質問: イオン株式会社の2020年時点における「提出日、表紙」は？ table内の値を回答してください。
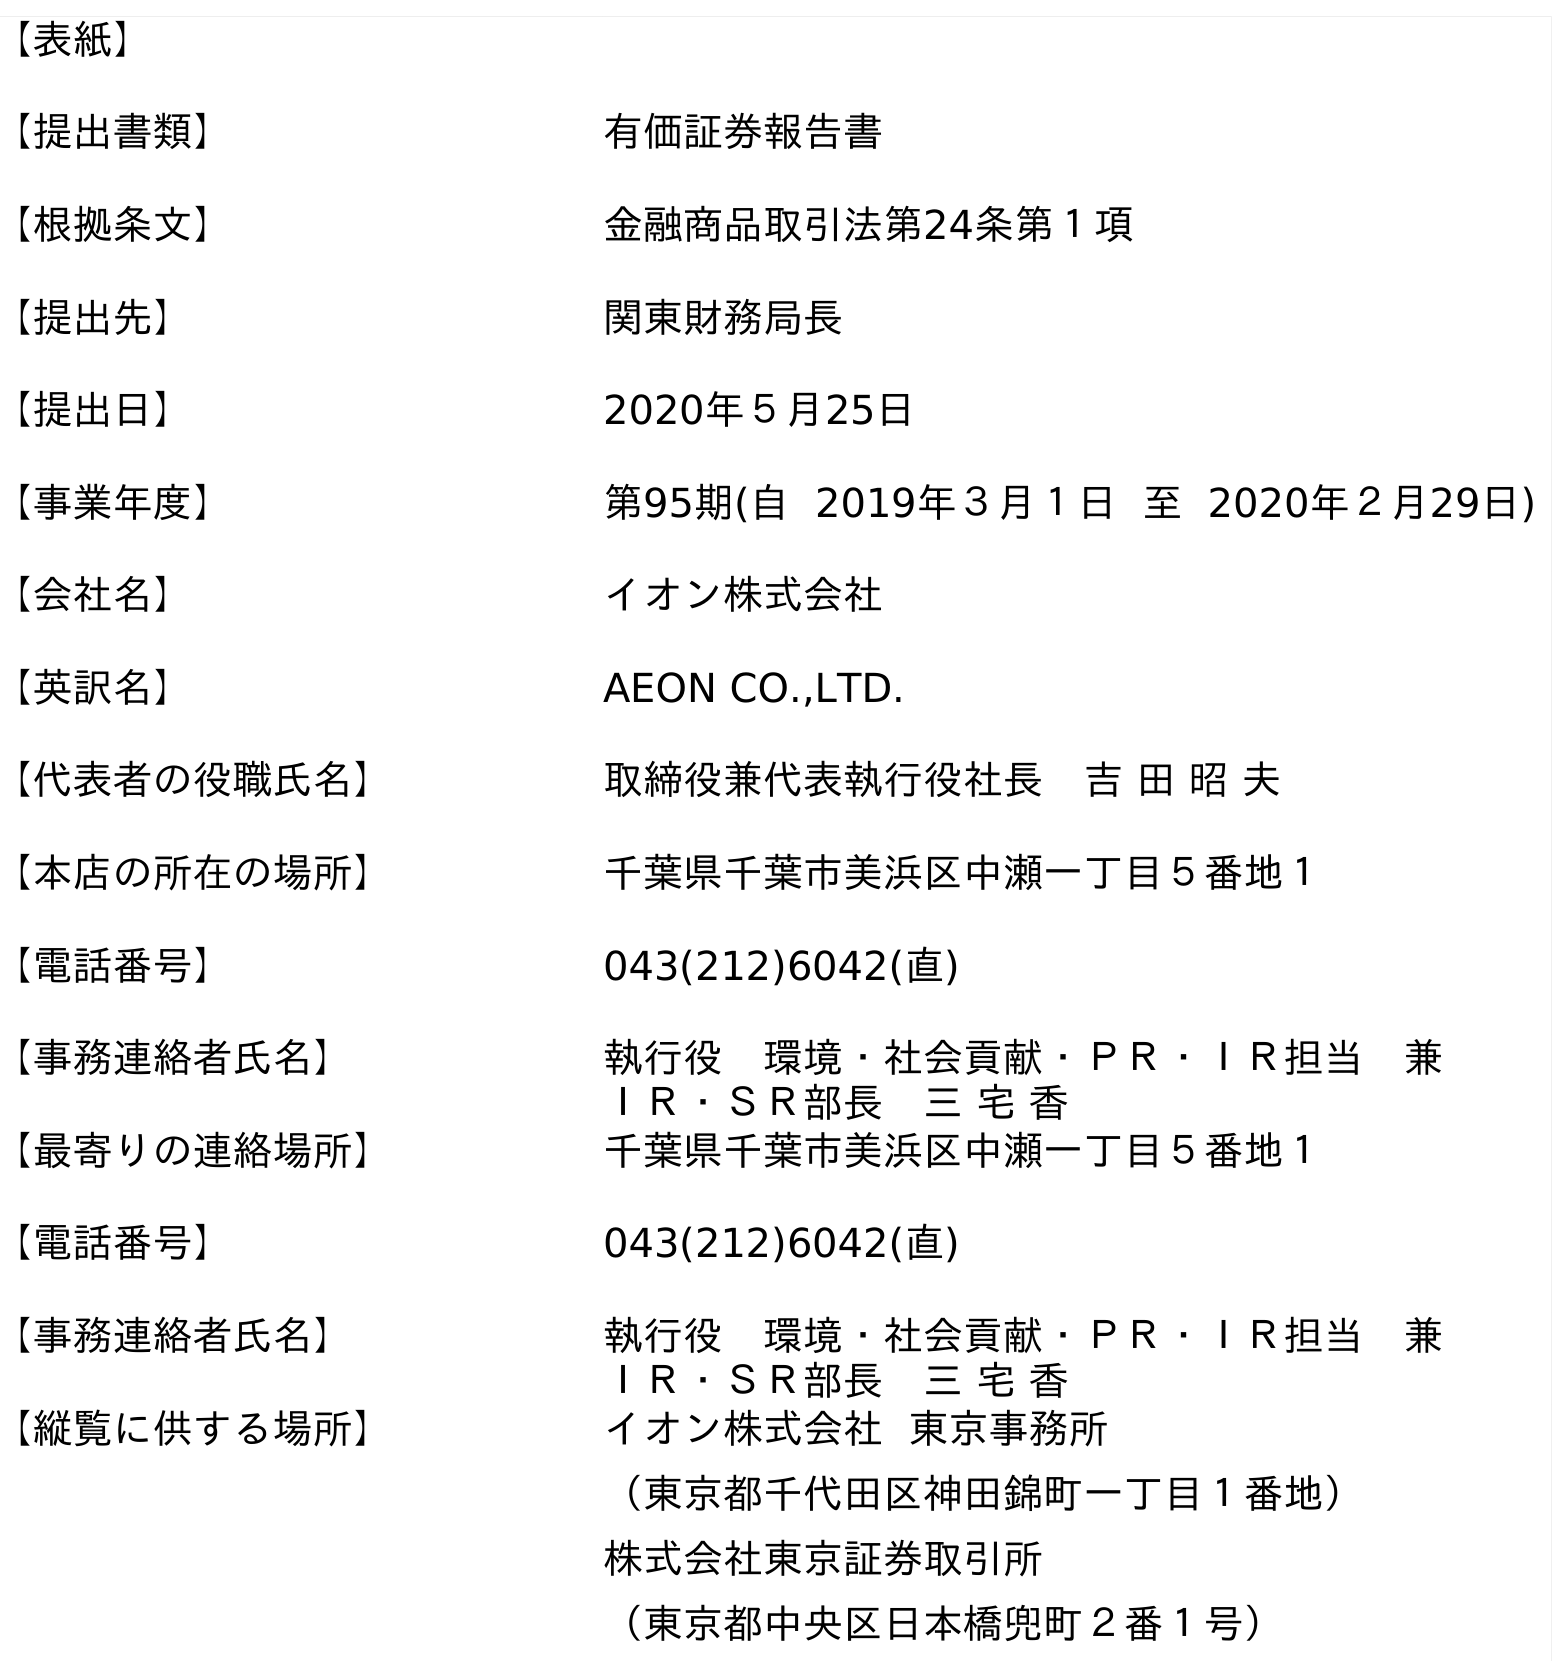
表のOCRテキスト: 【表紙】 【提出書類】 有価証券報告書 【根拠条文】 金融商品取引法第24条第１項 【提出先】 関東財務局長 【提出日】 2020年５月25日 【事業年度】 第95期(自 2019年３月１日 至 2020年２月29日) 【会社名】 イオン株式会社 【英訳名】 AEON CO.,LTD. 【代表者の役職氏名】 取締役兼代表執行役社長 吉 田 昭 夫 【本店の所在の場所】 千葉県千葉市美浜区中瀬一丁目５番地１ 【電話番号】 043(212)6042(直) 【事務連絡者氏名】 執行役 環境・社会貢献・ＰＲ・ＩＲ担当 兼 ＩＲ・ＳＲ部長 三 宅 香 【最寄りの連絡場所】 千葉県千葉市美浜区中瀬一丁目５番地１ 【電話番号】 043(212)6042(直) 【事務連絡者氏名】 執行役 環境・社会貢献・ＰＲ・ＩＲ担当 兼 ＩＲ・ＳＲ部長 三 宅 香 【縦覧に供する場所】 イオン株式会社 東京事務所 （東京都千代田区神田錦町一丁目１番地） 株式会社東京証券取引所 （東京都中央区日本橋兜町２番１号）
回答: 2020年５月25日